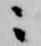
ニ